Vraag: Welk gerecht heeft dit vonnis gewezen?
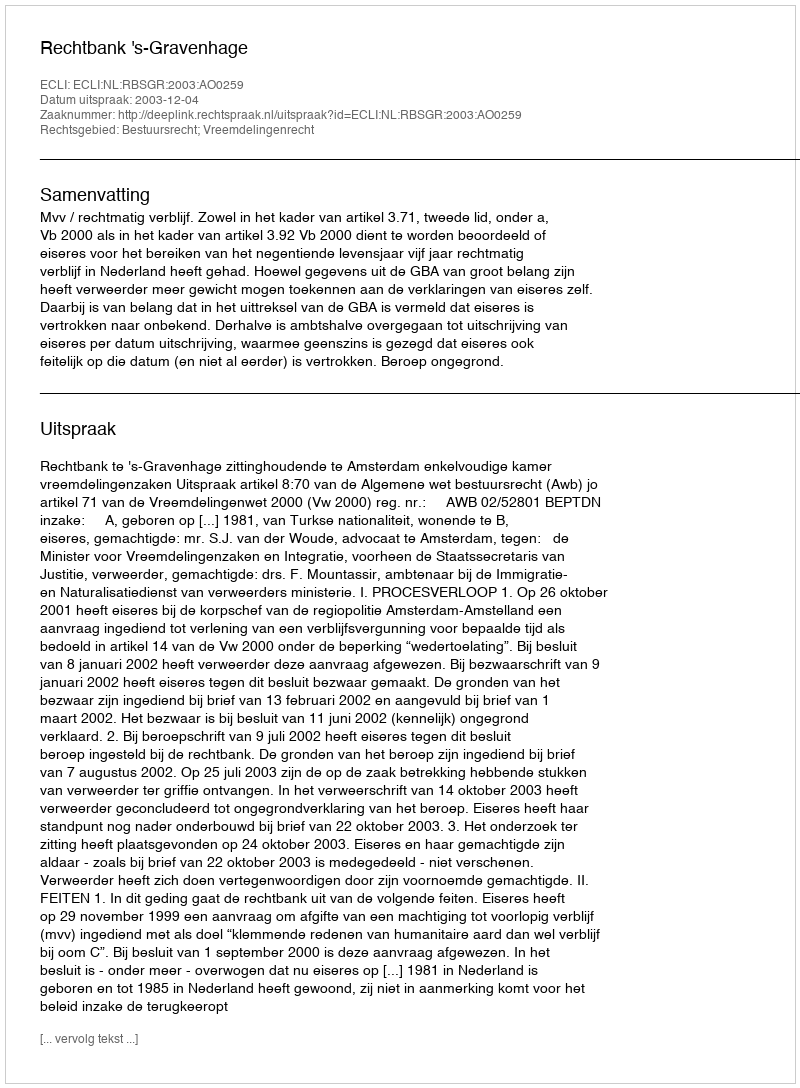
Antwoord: Rechtbank 's-Gravenhage